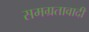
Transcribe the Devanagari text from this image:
समग्रतावादी